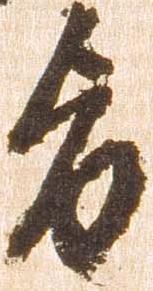
旨